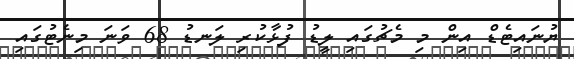
ޔުނައިޓެޑް އިން މި މެޗުގައި ލީޑު ފުޅާކުރި ލަނޑު 68 ވަނަ މިނެޓުގައި